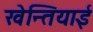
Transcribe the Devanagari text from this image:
खेन्तियाई